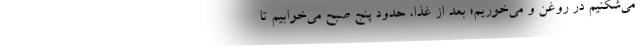
می‌شکنیم در روغن و می‌خوریم؛ بعد از غذا، حدود پنج صبح می‌خوابیم تا